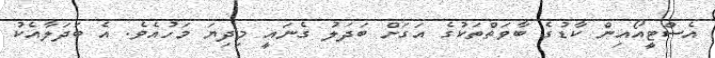
އެސްޓީއޯއިން ކާޑުގެ ބާވަތްތަކުގެ އަގަށް ބަދަލު ގެނައީ މިދިޔަ މަހުއެވެ. އެ ބަދަލާއެކު